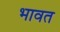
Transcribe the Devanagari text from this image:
भावत